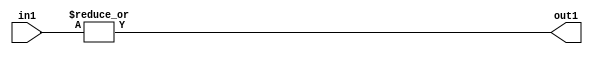
`timescale 1ps / 1ps
/*****************************************************************************
    Verilog RTL Description
    
    
    Created by: Stratus DpOpt 21.05.01 
*******************************************************************************/

module SobelFilter_OrReduction_5U_1U_4 (
	in1,
	out1
	); /* architecture "behavioural" */ 
input [4:0] in1;
output  out1;
wire  asc001;

assign asc001 = 
	(|in1);

assign out1 = asc001;
endmodule

/* CADENCE  urfxTww= : u9/ySxbfrwZIxEzHVQQV8Q== ** DO NOT EDIT THIS LINE ******/